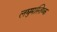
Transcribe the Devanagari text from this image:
लघुमस्तिष्क